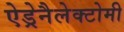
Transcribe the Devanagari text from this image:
ऐड्रेनैलेक्टोमी